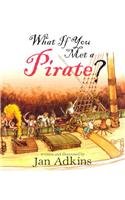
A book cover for What If You Met A Pirate?; Jan Adkins; Children's Books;